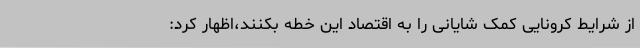
از شرایط کرونایی کمک شایانی را به اقتصاد این خطه بکنند،اظهار کرد: